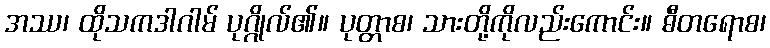
အဿ၊ ထိုသကဒါဂါမ် ပုဂ္ဂိုလ်၏။ ပုတ္တာစ၊ သားတို့ကိုလည်းကောင်း။ ဓီတရောစ၊